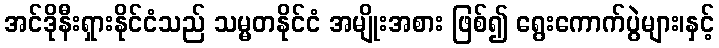
အင်ဒိုနီးရှားနိုင်ငံသည် သမ္မတနိုင်ငံ အမျိုးအစား ဖြစ်၍ ရွေးကောက်ပွဲများ၊နှင့်